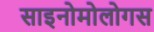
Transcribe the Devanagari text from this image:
साइनोमोलोगस